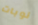
نوبات